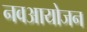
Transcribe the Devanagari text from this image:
नवआयोजन